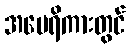
အမေရိကားတွင်